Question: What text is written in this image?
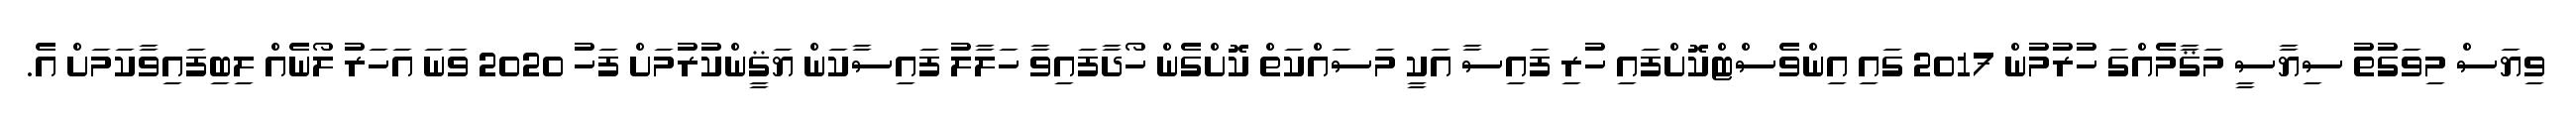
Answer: ވިޔަސް މިވަގުތު ސިޔާސީ މަޤާމެއްގަ ހުރުމުން 2017 ގައި އިންވެސްޓްކޮށްފައި ހުރި ފައިސާ އަކީ މަސައްކަތް ކޮށްގެން ހޯދާފައިވާ ހަލާލު ފައިސާކަން ޔަޤީންކުރުމަށް ފަހު 2020 ވަނަ އަހަރު ލޯނެއް ލިބިފައިވާކަމަށް އެ.